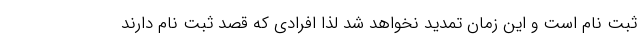
ثبت نام است و این زمان تمدید نخواهد شد لذا افرادی که قصد ثبت نام دارند